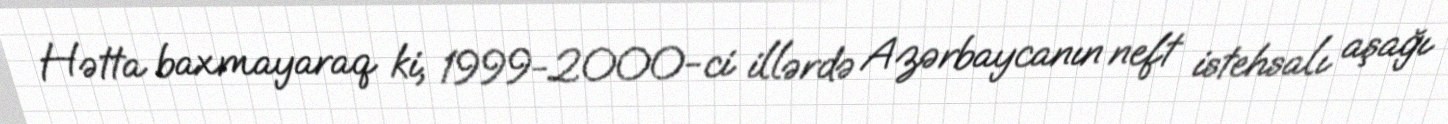
Hətta baxmayaraq ki, 1999-2000-ci illərdə Azərbaycanın neft istehsalı aşağı